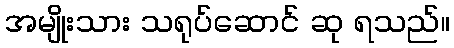
အမျိုးသား သရုပ်ဆောင် ဆု ရသည်။